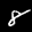
Label: 8